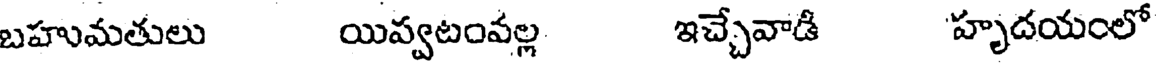
బహుమతులు యివ్వటంవల్ల ఇచ్చేవాడీ 'హృదయంలో